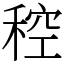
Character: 䅝